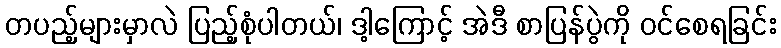
တပည့်များမှာလဲ ပြည့်စုံပါတယ်၊ ဒါ့ကြောင့် အဲဒီ စာပြန်ပွဲကို ဝင်စေရခြင်း